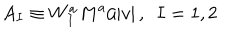
A _ { I } \equiv W _ { I } ^ { a } M ^ { a } / | v | \, , \, \, \, I = 1 , 2